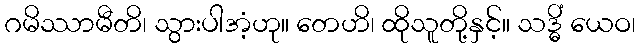
ဂမိဿာမီတိ၊ သွားပါအံ့ဟု။ တေဟိ၊ ထိုသူတို့နှင့်။ သဒ္ဓိံ ယေဝ၊